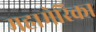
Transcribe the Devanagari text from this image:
महामेरिका